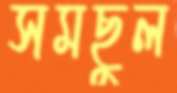
সমছুল